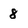
Character: 8